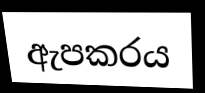
ඇපකරය